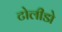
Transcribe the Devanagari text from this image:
टोलीडो